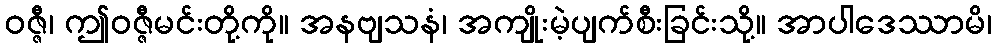
ဝဇ္ဇီ၊ ဤဝဇ္ဇီမင်းတို့ကို။ အနဗျသနံ၊ အကျိုးမဲ့ပျက်စီးခြင်းသို့။ အာပါဒေဿာမိ၊